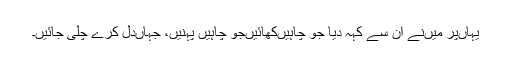
یہاں‌پر میں‌نے ان سے کہہ دیا جو چاہیں‌کھائیں‌جو چاہیں پہنیں، جہاں‌دل کرے چلی جائیں۔